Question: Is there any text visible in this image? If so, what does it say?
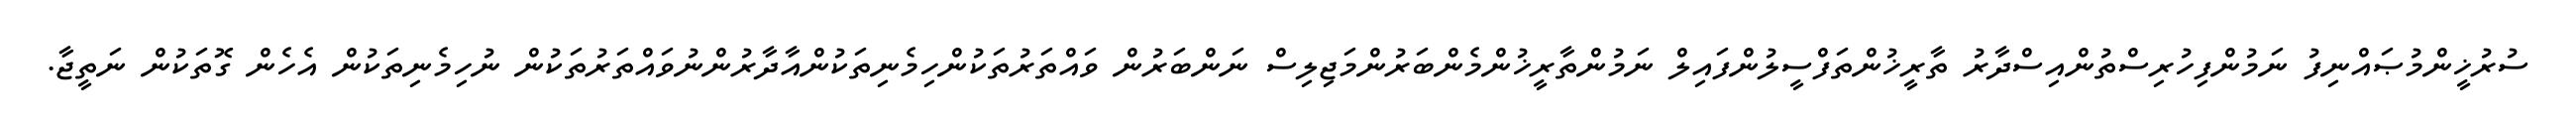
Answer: ސުރުޚީންމުޞައްނިފު ނަމުންފިހުރިސްތުންއިސްދާރު ތާރީޚުންތަފްސީލުންފައިލް ނަމުންތާރީޚުންމެންބަރުންމަޖިލިސް ނަންބަރުން ވައްތަރުތަކުންހިމެނިތަކުންއާދާރުންނުވައްތަރުތަކުން ނުހިމެނިތަކުން އެހެން ގޮތަކުން ނަތީޖާ.